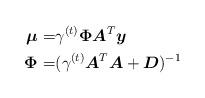
LaTeX: \begin{align*}\boldsymbol{\mu}=&\gamma^{(t)}\boldsymbol{\Phi}\boldsymbol{A}^T\boldsymbol{y}\\\boldsymbol{\Phi}=&(\gamma^{(t)}\boldsymbol{A}^T\boldsymbol{A}+\boldsymbol{D})^{-1}\end{align*}